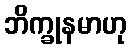
ဘိက္ခုနမာဟု